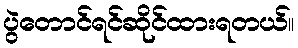
ပွဲတောင်ရင်ဆိုင်ထားရတယ်။